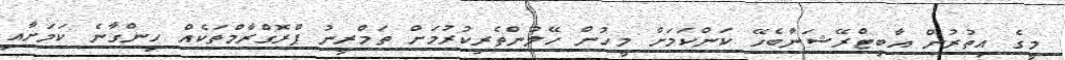
މީގެ އިތުރުން އާބިޓްރޭޝަނާބެހޭ ކަންކަމަށް މީހުން ހޭލުންތެރިކުރުމަށް ތަމްރީނު ޕްރޮގްރާމްތަކެއް ހިންގާނެ ކަމަށާއި